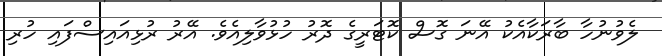
ލެވުނުހާ ބާރަކާއެކު އޭނަ ގޮސް ކޮޓަރީގެ ދޮރު ހުޅުވާލިއެވެ. އޭރު ރުޅިއައިސްފައި ހުރި